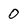
Character: 0